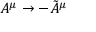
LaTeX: A ^ { \mu } \rightarrow - \tilde { A } ^ { \mu }